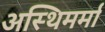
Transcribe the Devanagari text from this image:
अस्थिमर्मा